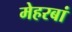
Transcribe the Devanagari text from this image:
मेहरबां